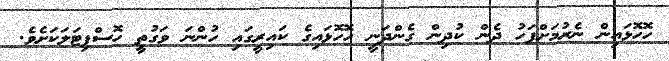
ހޮހޮޅައިން ނެރުމަށްފަހު ދެން ކުދިން ގެންދަނީ ހޮހޮޅައިގެ ކައިރީގައި ހުންނަ ވަގުތީ ހޮސްޕިޓަލަކަށެވެ.